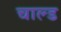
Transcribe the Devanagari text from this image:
चाल्ड